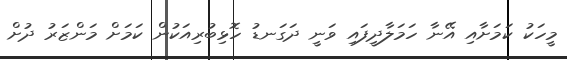
މީހަކު ކަމަށާއި އޭނާ ހަމަލާދީފައި ވަނީ ދަގަނޑު ހޮޅިބުރިއަކުން ކަމަށް މަންޒަރު ދުށް